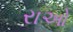
રાઓ